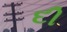
દી